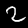
Label: 2